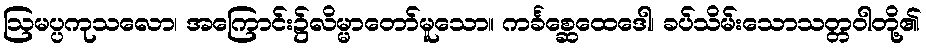
ဩမပ္ပကုသလော၊ အကြောင်း၌လိမ္မာတော်မူသော။ ကင်္ခစ္ဆေထေဒေါ၊ ခပ်သိမ်းသောသတ္တဝါတို့၏